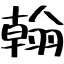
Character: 翰